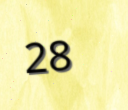
28